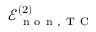
\mathcal { E } _ { \mathrm { ~ n ~ o ~ n ~ } , \mathrm { ~ T ~ C ~ } } ^ { ( 2 ) }